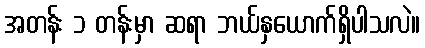
အတန်း ၁ တန်းမှာ ဆရာ ဘယ်နှယောက်ရှိပါသလဲ။